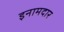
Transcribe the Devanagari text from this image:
इनामदार